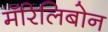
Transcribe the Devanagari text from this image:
मॅरिलिबोन